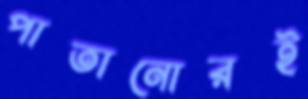
পাতানোরই